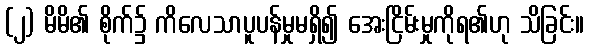
(၂) မိမိ၏ စိုက်၌ ကိလေသာပူပန်မှုမရှိ၍ အေးငြိမ်းမှုကိုရ၏ဟု သိခြင်း။